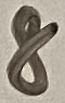
Text: 8